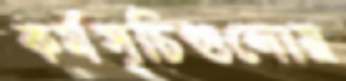
কর্মসূচিগুলোয়